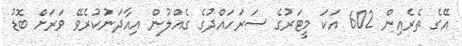
އޭގެ ތެރެއިން 602 އަކަ މީޓަރުގެ ސަރަހައްދުގެ ގެއްލުން އިއާދަނުކުރެވޭ ވަރަށް ބޮޑު